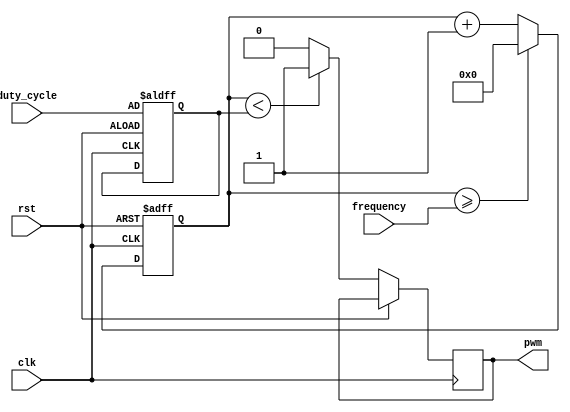
module PWM_generator(
    input clk,
    input rst,
    input [7:0] duty_cycle,
    input [15:0] frequency,
    output reg pwm
);

reg [15:0] counter;
reg [7:0] threshold;

always @(posedge clk or posedge rst) begin
    if (rst) begin
        counter <= 16'b0;
        threshold <= duty_cycle;
    end else begin
        counter <= counter + 1;
        if (counter >= frequency) begin
            counter <= 16'b0;
        end
        pwm <= (counter < threshold) ? 1 : 0;
    end
end

endmodule